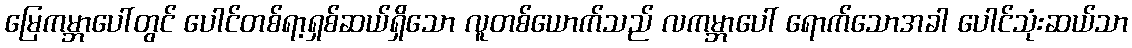
မြေကမ္ဘာပေါ်တွင် ပေါင်တစ်ရာ့ရှစ်ဆယ်ရှိသော လူတစ်ယောက်သည် လကမ္ဘာပေါ် ရောက်သောအခါ ပေါင်သုံးဆယ်သာ